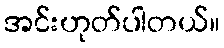
အင်းဟုတ်ပါတယ်။